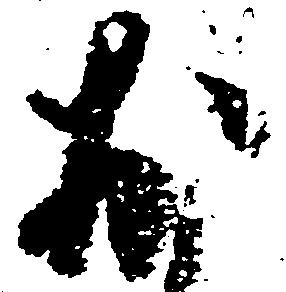
於